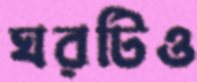
ঘরটিও